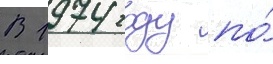
В 1974 году по́